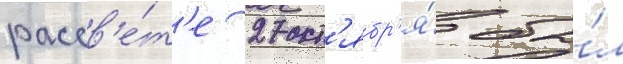
рассв'е́т'е 27 окт'ябр'я́ бы́л